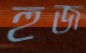
হুজ